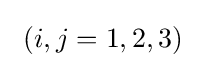
\ (i,j=1,2,3)\